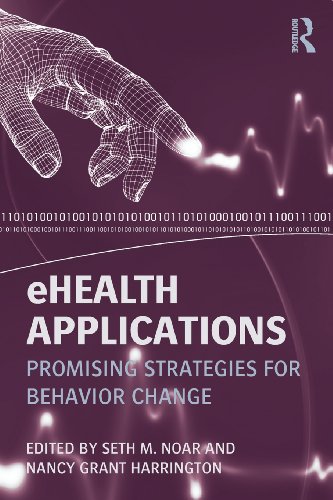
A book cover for eHealth Applications: Promising Strategies for Behavior Change (Routledge Communication Series); Medical Books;